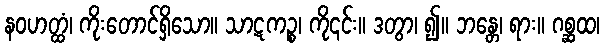
နဝဟတ္ထံ၊ ကိုးတောင်ရှိသော။ သာဋကဉ္စ၊ ကို၎င်း။ ဒတွာ၊ ၍။ ဘန္တေ၊ ရား။ ဂစ္ဆထ၊